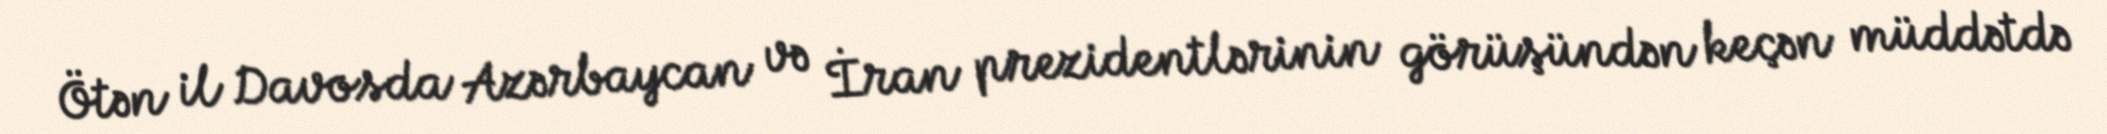
Ötən il Davosda Azərbaycan və İran prezidentlərinin görüşündən keçən müddətdə